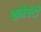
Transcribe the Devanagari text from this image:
कमेवंटी